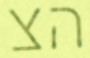
הצ